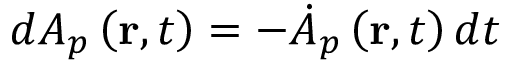
d A _ { p } \left( \mathbf { r } , t \right) = - \dot { A } { } _ { p } \left( \mathbf { r } , t \right) d t